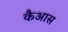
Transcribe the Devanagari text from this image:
कैआस